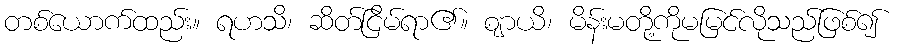
တစ်ယောက်ထည်း။ ရဟသိ၊ ဆိတ်ငြိမ်ရာ၏။ ဈာယိ၊ မိန်းမတို့ကိုမမြင်လိုသည်ဖြစ်၍